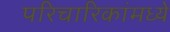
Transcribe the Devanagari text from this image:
परिचारिकांमध्ये